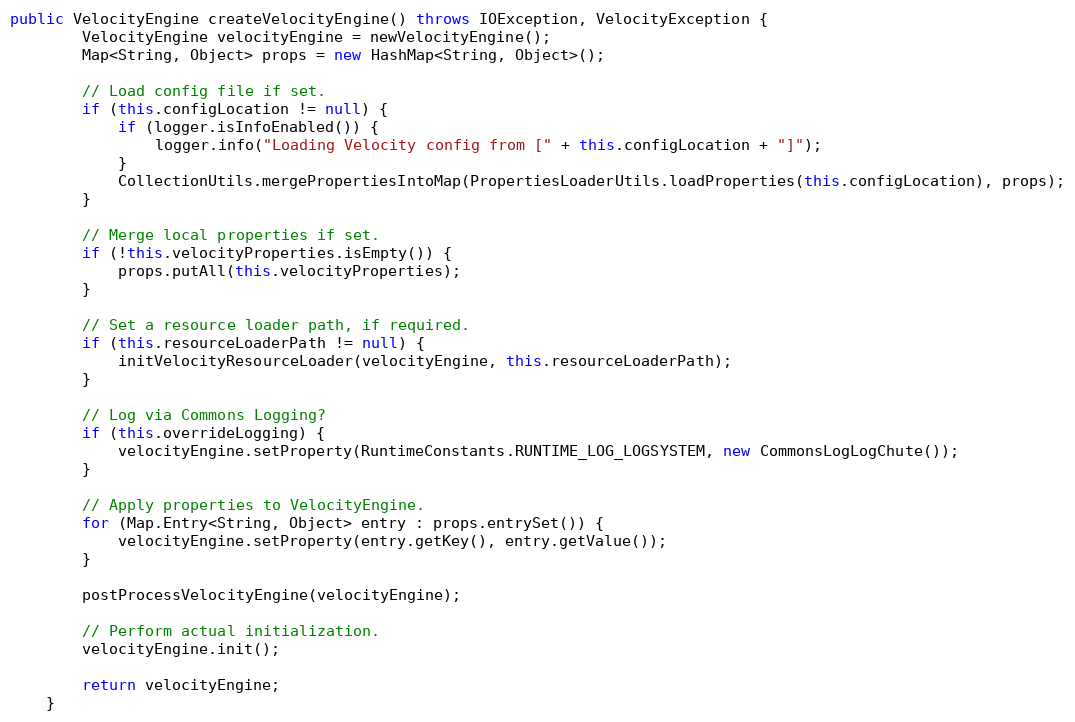
Language: Java
public VelocityEngine createVelocityEngine() throws IOException, VelocityException {
		VelocityEngine velocityEngine = newVelocityEngine();
		Map<String, Object> props = new HashMap<String, Object>();

		// Load config file if set.
		if (this.configLocation != null) {
			if (logger.isInfoEnabled()) {
				logger.info("Loading Velocity config from [" + this.configLocation + "]");
			}
			CollectionUtils.mergePropertiesIntoMap(PropertiesLoaderUtils.loadProperties(this.configLocation), props);
		}

		// Merge local properties if set.
		if (!this.velocityProperties.isEmpty()) {
			props.putAll(this.velocityProperties);
		}

		// Set a resource loader path, if required.
		if (this.resourceLoaderPath != null) {
			initVelocityResourceLoader(velocityEngine, this.resourceLoaderPath);
		}

		// Log via Commons Logging?
		if (this.overrideLogging) {
			velocityEngine.setProperty(RuntimeConstants.RUNTIME_LOG_LOGSYSTEM, new CommonsLogLogChute());
		}

		// Apply properties to VelocityEngine.
		for (Map.Entry<String, Object> entry : props.entrySet()) {
			velocityEngine.setProperty(entry.getKey(), entry.getValue());
		}

		postProcessVelocityEngine(velocityEngine);

		// Perform actual initialization.
		velocityEngine.init();

		return velocityEngine;
	}